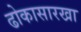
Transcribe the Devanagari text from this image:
ढोकासारखा